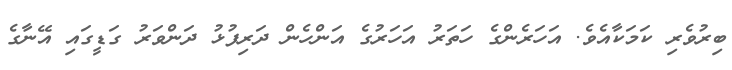
ބިރުވެރި ކަމަކާއެވެ. އަހަރެންގެ ހަތަރު އަހަރުގެ އަންހެން ދަރިފުޅު ދަންވަރު ގަޑީގައި އޭނާގެ